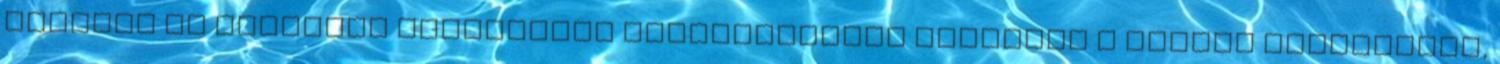
csoport se tartotta irreleváns kommunikációs formának a postai küldeményt,